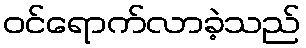
ဝင်ရောက်လာခဲ့သည်